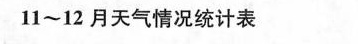
11~12月天气情况统计表